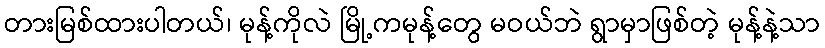
တားမြစ်ထားပါတယ်၊ မုန့်ကိုလဲ မြို့ကမုန့်တွေ မဝယ်ဘဲ ရွာမှာဖြစ်တဲ့ မုန့်နဲ့သာ